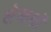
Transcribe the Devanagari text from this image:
लेखखों